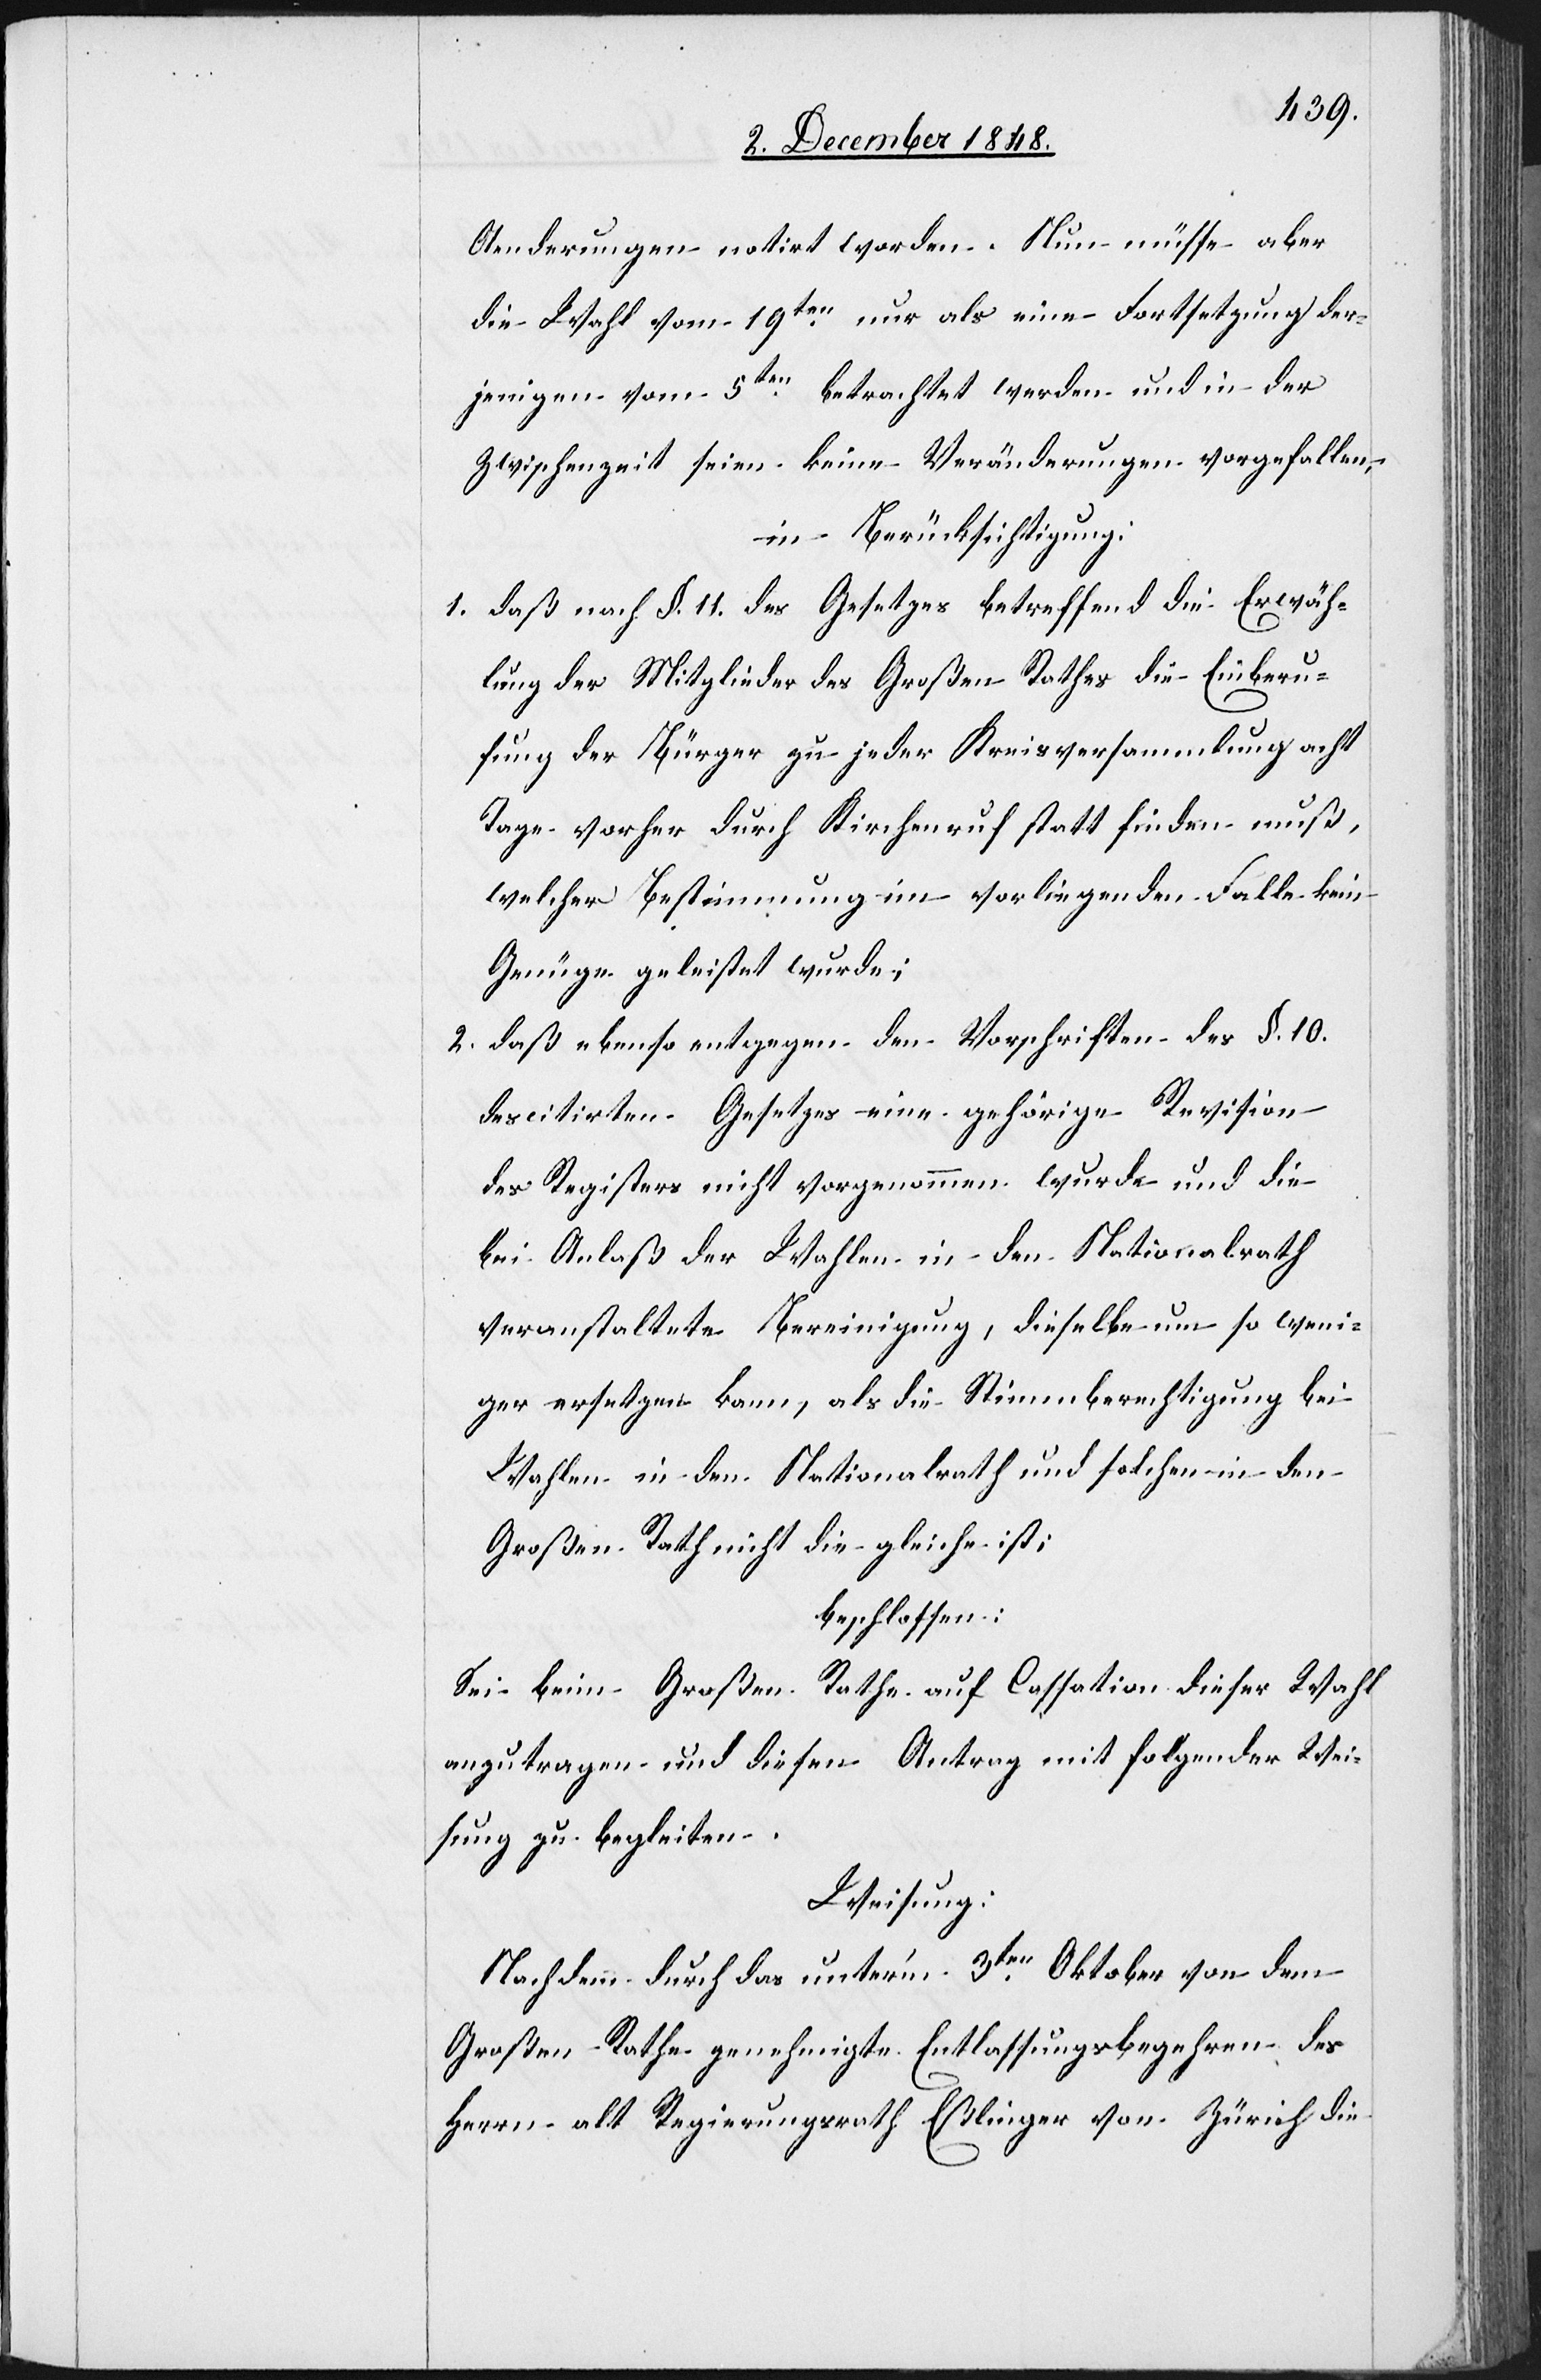
Aenderungen notirt worden. Nun müsse aber
die Wahl vom 19ten nur als eine Fortsetzung der¬
jenigen vom 5ten betrachtet werden und in der
Zwischenzeit seien keine Veränderungen vorgefallen,
in Berücksichtigung:
1. daß nach §. 11. des Gesetzes betreffend die Erwäh¬
lung der Mitglieder des Großen Rathes die Einberu¬
fung der Bürger zu jeder Kreisversammlung acht
Tage vorher durch Kirchenruf statt finden muß,
welcher Bestimmung im vorliegenden Falle kein
Genüge geleistet wurde;
2. daß ebenso entgegen den Vorschriften des §. 10.
des citirten Gesetzes eine gehörige Revision
des Registers nicht vorgenommen wurde und die
bei Anlaß der Wahlen in den Nationalrath
veranstaltete Bereinigung, dieselbe um so weni¬
ger ersetzen kann, als die Stimmberechtigung bei
Wahlen in den Nationalrath und solchen in den
Großen Rath nicht die gleiche ist;
beschlossen:
Sei beim Großen Rathe auf Cassation dieser Wahl
anzutragen und diesen Antrag mit folgender Wei¬
sung zu begleiten.
Weisung.
Nachdem durch das unter’m 3ten Oktober von dem
Großen Rathe genehmigte Entlassungsbegehren des
Herrn alt Regierungsrath Eßlinger von Zürich die